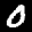
Label: 0